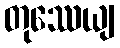
တုဿေယျ